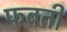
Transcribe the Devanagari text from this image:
फबती